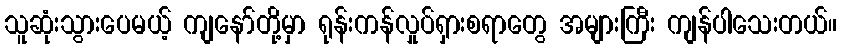
သူဆုံးသွားပေမယ့် ကျနော်တို့မှာ ရုန်းကန်လှုပ်ရှားစရာတွေ အများကြီး ကျန်ပါသေးတယ်။